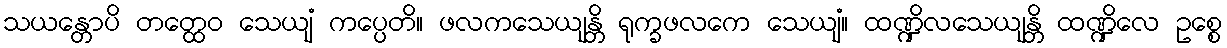
သယန္တောပိ တတ္ထေဝ သေယျံ ကပ္ပေတိ။ ဖလကသေယျန္တိ ရုက္ခဖလကေ သေယျံ။ ထဏ္ဍိလသေယျန္တိ ထဏ္ဍိလေ ဥစ္စေ